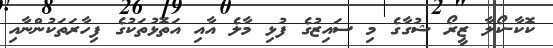
ކޮކާ-ކޯލާ ޒީރޯ ޝުގާގެ މި ސައިޒުގެ ފުޅި މާލެ އާއި އަތޮޅުތަކުގެ ފިހާރަތަކުންނާއި